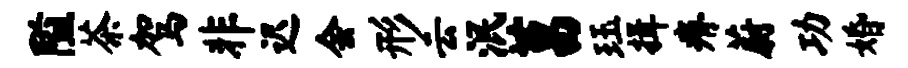
隘茶驾非迟会形云泯莒珏揖瘠蔚功婚